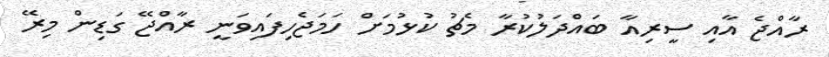
ރާއްޖެ އާއި ސީރިއާ ބައްދަލުކުރާ މެޗު ކުޅުމަށް ހަމަޖެހިފައިވަނީ ރާއްޖޭ ގަޑިން މިރޭ